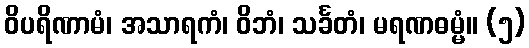
ဝိပရိဏာမံ၊ အသာရကံ၊ ဝိဘံ၊ သင်္ခတံ၊ မရဏဓမ္မံ။ (၅)